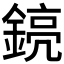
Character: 𨩎